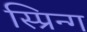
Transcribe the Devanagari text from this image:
स्प्रिन्ग